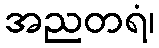
အညတရံ၊